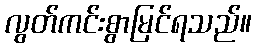
လွတ်ကင်းစွာမြင်ရသည်။